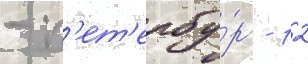
- п'ет'ербу́рг - 12